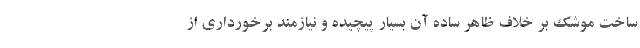
ساخت موشک بر خلاف ظاهر ساده آن بسیار پیچیده و نیازمند برخورداری از